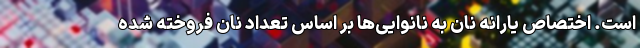
است. اختصاص یارانه نان به نانوایی‌ها بر اساس تعداد نان فروخته شده